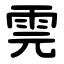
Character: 䨌